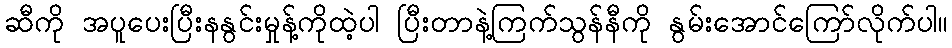
ဆီကို အပူပေးပြီးနနွင်းမှုန့်ကိုထဲ့ပါ ပြီးတာနဲ့ကြက်သွန်နီကို နွမ်းအောင်ကြော်လိုက်ပါ။